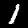
Digit: 1